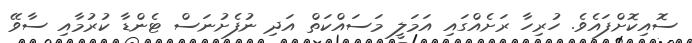
ސޮއިކޮށްފައެވެ. ހުރިހާ ރަށެއްގައި އަމަލީ މަސައްކަތް އަދި ނުފެށުނަސް ޓެންޑާ ކުރުމާއި ސާވޭ